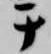
テ